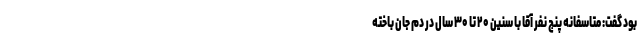
بود گفت: متاسفانه پنج نفر آقا با سنین ۲۰ تا ۳۰ سال در دم جان باخته